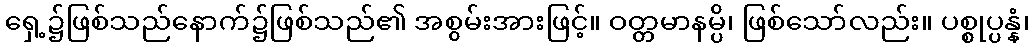
ရှေ့၌ဖြစ်သည်နောက်၌ဖြစ်သည်၏ အစွမ်းအားဖြင့်။ ဝတ္တမာနမ္ပိ၊ ဖြစ်သော်လည်း။ ပစ္စုပ္ပန္နံ၊